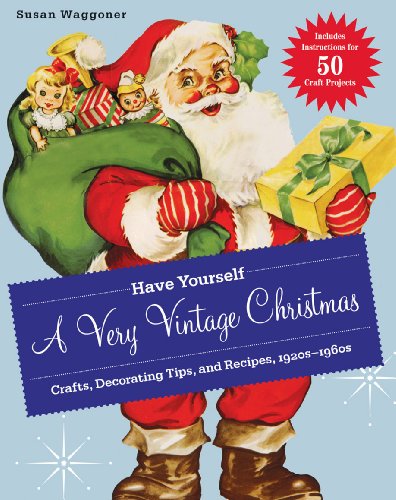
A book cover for Have Yourself a Very Vintage Christmas: Crafts, Decorating Tips, and Recipes, 1920s-1960s; Susan Waggoner; Humor & Entertainment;